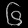
Digit: ၆